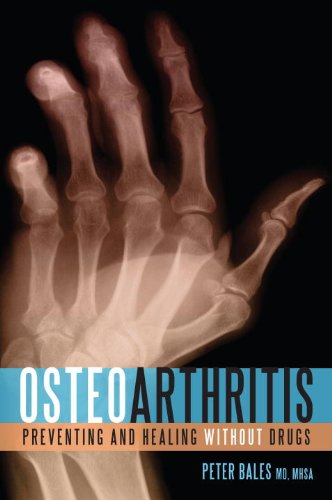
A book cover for Osteoarthritis: Preventing and Healing Without Drugs; Peter Bales; Health, Fitness & Dieting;